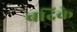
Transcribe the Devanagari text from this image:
बद्रिके